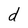
Character: d